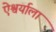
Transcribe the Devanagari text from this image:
ऐश्वर्याला